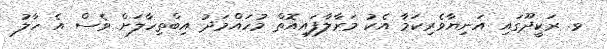
ވ. ރަކީދޫގައި އަނިޔާވެރިކަމާ އެކު މަރާލާފައިއޮތް މުހައްމަދު އިބްތިހާލަށް ވެސް އެ ހާލު